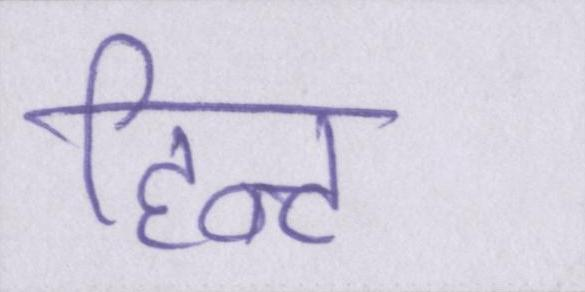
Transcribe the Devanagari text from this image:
हिन्ट